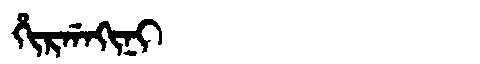
Manchu: ᡥᡳᡵᡤᠠᡴᡳᠨᡳ
Romanization: HIRGAKINI